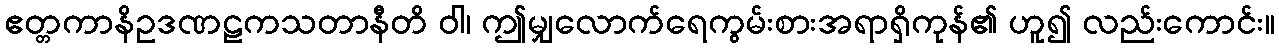
ဧတ္တကာနိဥဒဏဠကသတာနီတိ ဝါ၊ ဤမျှလောက်ရေကွမ်းစားအရာရှိကုန်၏ ဟူ၍ လည်းကောင်း။